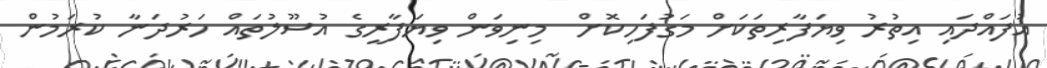
އުފައްދައި އިތުރު ވިޔަފާރިތަކަށް މަގުފަހިކޮށް  މިނިވަން ވިޔަފާރީގެ އުސޫލުތައް ހަރުދަނާ ކުރަމުން